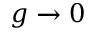
g \to 0